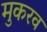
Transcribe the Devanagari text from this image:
मुकरव